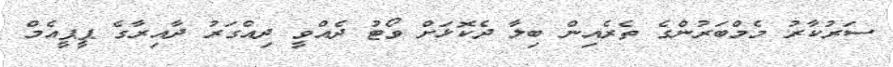
ސަރުކާރު މެމްބަރުންގެ ތެރެއިން ބިލާ ދެކޮޅަށް ވޯޓު ދެއްވީ ދިއްގަރު ދާއިރާގެ ޕީޕީއެމް